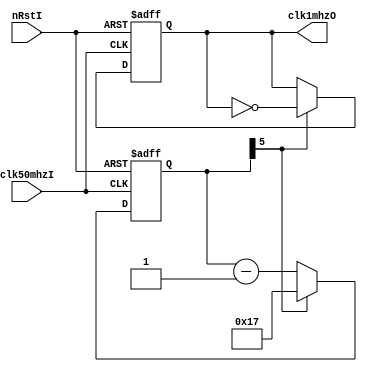
module clkGen_50Mhz_to_1Mhz(
    clk1mhzO, // generated : 1Mhz
    nRstI,
    clk50mhzI

);

    output  reg                 clk1mhzO ;	
    input   wire                nRstI;		
    input   wire                clk50mhzI;

    //  4 == 3'b100
    // 24 == 5'b11000
    // 23 == 5'b10111
    // 49 == 6'b110001
    `define CLOCK_max       6'd23
    `define CLOCK_zero      6'd0
    `define CLOCK_one       6'd1
    `define CLOCK_mBit      5
    reg     [5:0]               cnt ;	
    always @ (negedge clk50mhzI or negedge nRstI) begin
        if(!nRstI) begin
            cnt                 <= `CLOCK_max ;
            clk1mhzO            <= 1'b0 ;
        end
        else begin
            if ( 1'b1 == cnt[`CLOCK_mBit] ) begin
                cnt             <= `CLOCK_max ;
                clk1mhzO        <=  ~clk1mhzO ;
            end 
            else begin
                cnt             <= cnt - `CLOCK_one ;
            end
        end
    end

endmodule